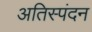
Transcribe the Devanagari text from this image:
अतिस्पंदन